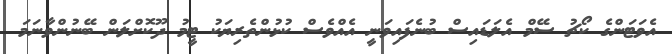
އެވަޓަންގެ ކޯޗު ސޭމް އެލަޑައިސް ބުނެފައިވަނީ އެއްވެސް ކުޅުންތެރިޔަކު ޓީމު ދޫކޮށްލަން ބޭނުންވާނަމަ